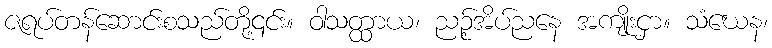
ဇရပ်တန်ဆောင်းစသည်တို့၎င်း။ ဝါသတ္ထာယ၊ ညဉ့်အိပ်ညနေ အကျိုးငှာ။ သံဃေန၊